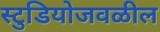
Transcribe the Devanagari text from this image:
स्टुडियोजवळील